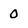
Character: 0